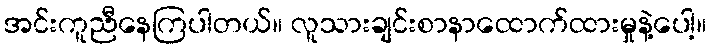
အင်းကူညီနေကြပါတယ်။ လူသားချင်းစာနာထောက်ထားမှုနဲ့ပေါ့။